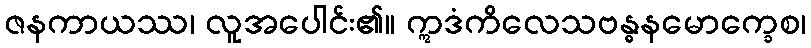
ဇနကာယဿ၊ လူအပေါင်း၏။ ဣဒံကိလေသဗန္ဓနမောက္ခေစ၊